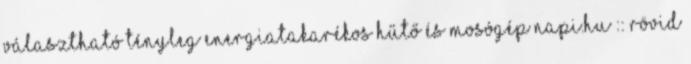
választható tényleg energiatakarékos hűtő és mosógép napi.hu :: Rövid